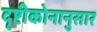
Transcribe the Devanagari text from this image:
दृष्टीकोनानुसार